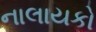
નાલાયકો